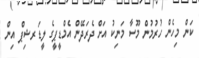
ކަން މިހެން ހުރުމުން މޫސާ މަނިކު އަށް ދެރަދޭން އެމްޑީޕީގެ ލީޑަރޝިޕް އިން